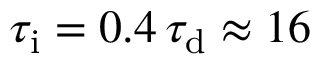
\tau _ { \mathrm { i } } = 0 . 4 \, \tau _ { \mathrm { d } } \approx 1 6